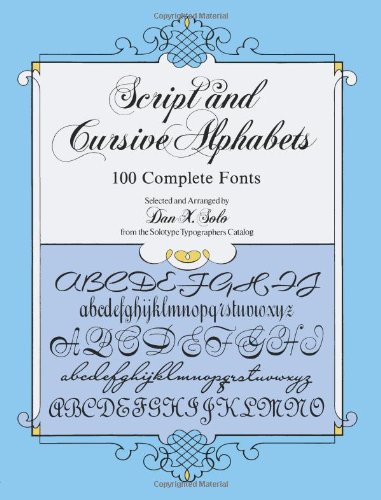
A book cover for Script and Cursive Alphabets: 100 Complete Fonts (Lettering, Calligraphy, Typography); Dan X. Solo; Arts & Photography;